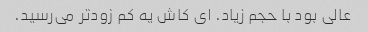
عالی بود با حجم زیاد. ای کاش یه کم زودتر می‌رسید.